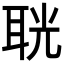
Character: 𦕤